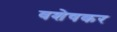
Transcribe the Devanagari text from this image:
वशेषकर